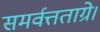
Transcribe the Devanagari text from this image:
समर्वत्तताग्रे।